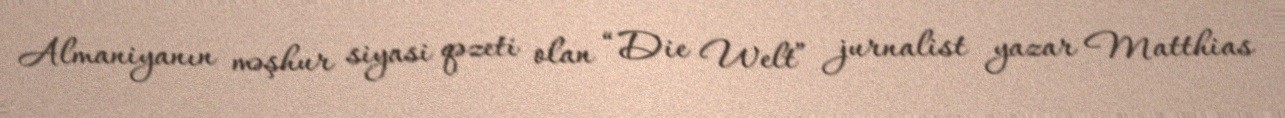
Almaniyanın məşhur siyasi qəzeti olan “Die Welt” jurnalist yazar Matthias